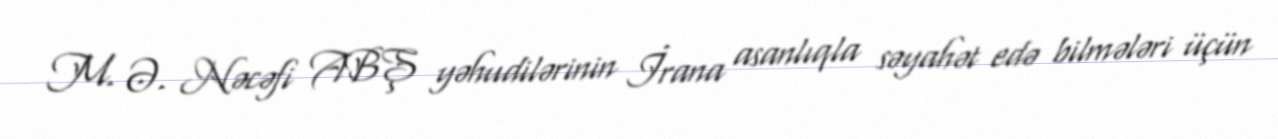
M. Ə. Nəcəfi ABŞ yəhudilərinin İrana asanlıqla səyahət edə bilmələri üçün